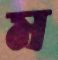
ম